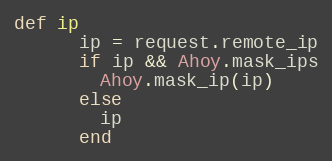
Language: Ruby
def ip
      ip = request.remote_ip
      if ip && Ahoy.mask_ips
        Ahoy.mask_ip(ip)
      else
        ip
      end